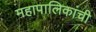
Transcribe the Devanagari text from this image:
महापालिकांची